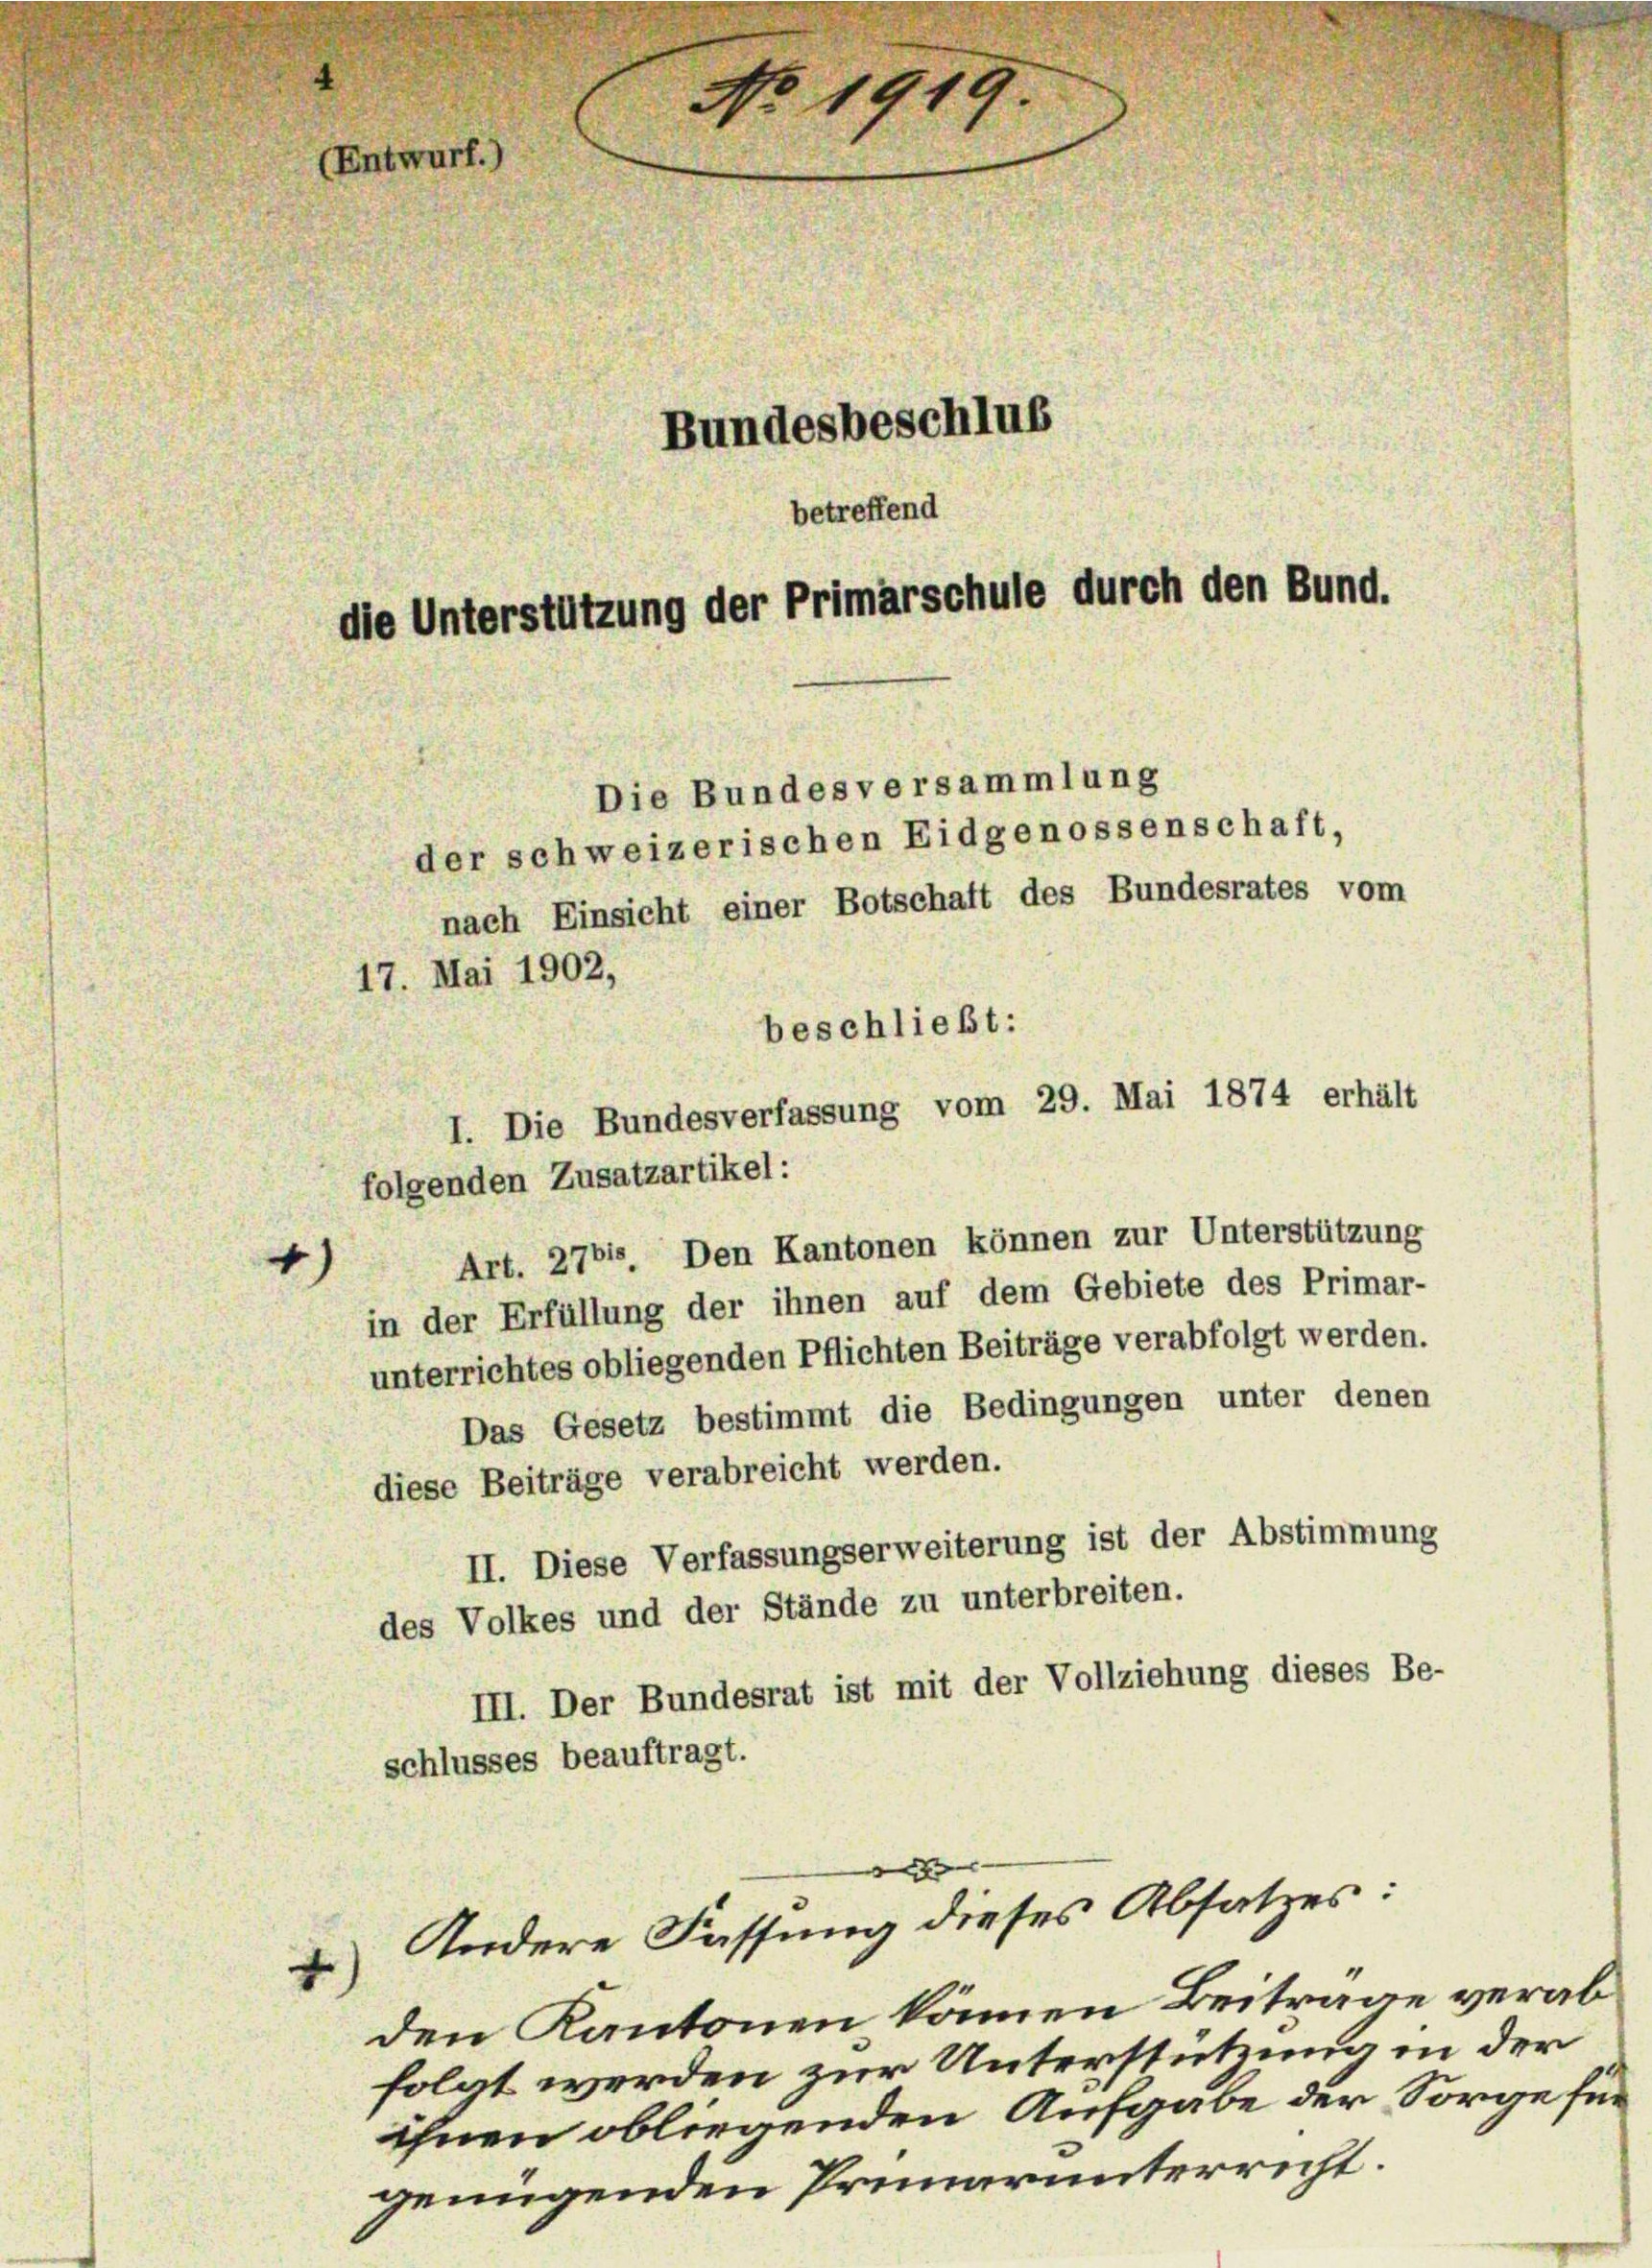
No 1919.
(Entwurf.)
Bundesbeschlus
betreffend
die Unterstützung der Primarschule durch den Bund.

der schweizerischen Eidgenossenschaft,
nach Einsicht einer Botschaft des Bundesrates vom
beschließt:
I. Die Bundesverfassung vom 29. Mai 1874 erhält
folgenden Zusatzartikel:
Art. 2701. Den Kantonen können zur Unterstützung
in der Erfüllung der ihnen auf dem Gebiete des Primar-
unterrichtes obliegenden Pflichten Beiträge verabfolgt werden.
Das Gesetz bestimmt die Bedingungen unter denen
diese Beiträge verabreicht werden.
II. Diese Verfassungserweiterung ist der Abstimmung
des Volkes und der Stände zu unterbreiten.
III. Der Bundesrat ist mit der Vollziehung dieses Be-
schlusses beauftragt.

17. Mai 1902,

Andere Fassung dieses Absatzes:
den Kantonen können Beitrage verabfolgt werden zur Unterstützung in der
ihnen obliegenden Aufgabe der Sorge für
genügenden Primarunterricht.

|

Die Bundesversammlung